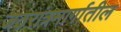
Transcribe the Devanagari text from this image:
जठरांत्रमार्गातील